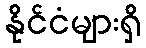
နိုင်ငံများရှိ